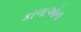
કાળાઓના